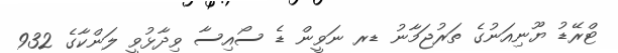
ޓްރޭޑު ޔޫނިއަނުގެ ތަރުޖަމާނު ޑރ ނަވީން ޑެ ސޯއިސާ ވިދާޅުވީ ލަންކާގެ 932